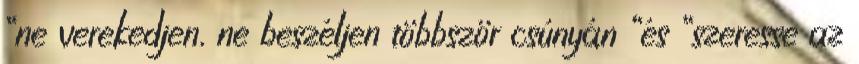
“ne verekedjen, ne beszéljen többször csúnyán “és “szeresse az